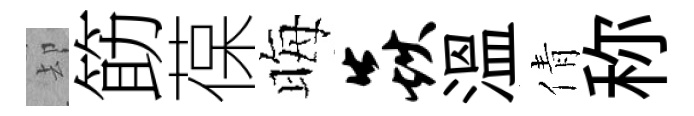
却筯葆晦焱溫倩称